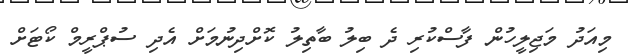
މިއަދު މަޖިލީހުން ފާސްކުރި ދެ ބިލު ބާތިލު ކޮށްދިނުމަށް އެދި ސުޕްރީމް ކޯޓަށް